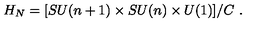
H _ { N } = [ S U ( n + 1 ) \times S U ( n ) \times U ( 1 ) ] / C \ .